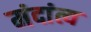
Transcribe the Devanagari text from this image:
मंदांत्य